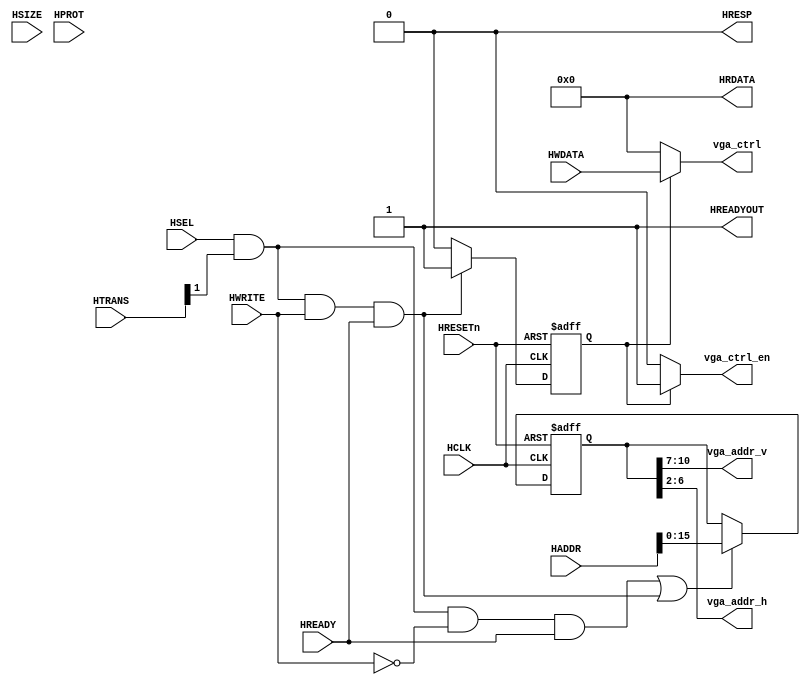
module AHBlite_VGA(input wire HCLK,
                   input wire HRESETn,
                   input wire HSEL,
                   input wire [31:0] HADDR,
                   input wire [1:0] HTRANS,
                   input wire [2:0] HSIZE,
                   input wire [3:0] HPROT,
                   input wire HWRITE,
                   input wire [31:0] HWDATA,
                   input wire HREADY,
                   output wire HREADYOUT,
                   output reg [31:0] HRDATA,
                   output wire HRESP,
                   output wire [3:0] vga_addr_v,
                   output wire [4:0] vga_addr_h,
                   output wire [31:0] vga_ctrl,
                   output wire vga_ctrl_en);
    
    assign HRESP     = 1'b0;
    assign HREADYOUT = 1'b1;
    
    wire read_en;
    assign read_en = HSEL&HTRANS[1]&(~HWRITE)&HREADY;
    
    wire write_en;
    assign write_en = HSEL&HTRANS[1]&(HWRITE)&HREADY;
    
    reg [15:0] addr_reg;
    always@(posedge HCLK or negedge HRESETn) begin
        if (~HRESETn) addr_reg                 <= 4'h0;
        else if (read_en || write_en) addr_reg <= HADDR[15:0];
    end
    
    reg rd_en_reg;
    always@(posedge HCLK or negedge HRESETn) begin
        if (~HRESETn) rd_en_reg     <= 1'b0;
        else if (read_en) rd_en_reg <= 1'b1;
        else rd_en_reg              <= 1'b0;
    end
    
    reg wr_en_reg;
    always@(posedge HCLK or negedge HRESETn) begin
        if (~HRESETn) wr_en_reg      <= 1'b0;
        else if (write_en) wr_en_reg <= 1'b1;
        else  wr_en_reg              <= 1'b0;
    end
    
    always@(*) begin
        HRDATA <= 32'b0;
    end
    
    assign vga_ctrl_en = wr_en_reg ? 1'b1 : 1'b0;
    assign vga_ctrl    = wr_en_reg ? HWDATA[31:0] : 32'd0;
    assign vga_addr_h  = addr_reg[6:2];
    assign vga_addr_v  = addr_reg[10:7];
    
endmodule